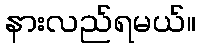
နားလည်ရမယ်။